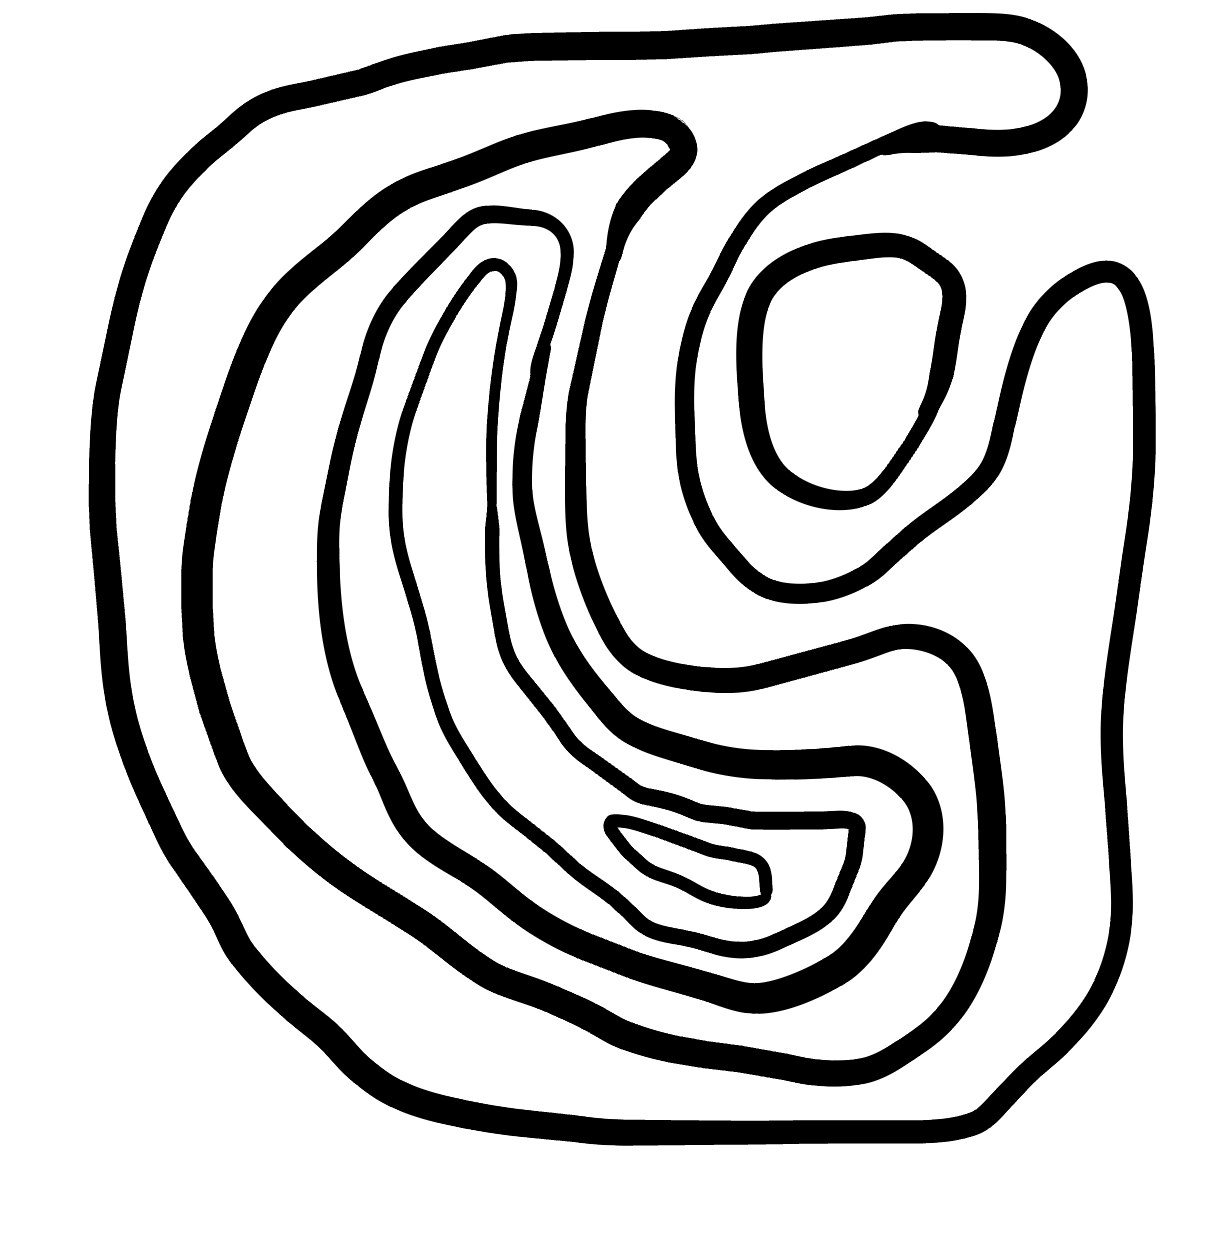
Number of regions (including the outer root region): 7
Containment tree edges (parent, child): 0, 1, 0, 2, 2, 3, 3, 4, 4, 5, 5, 6